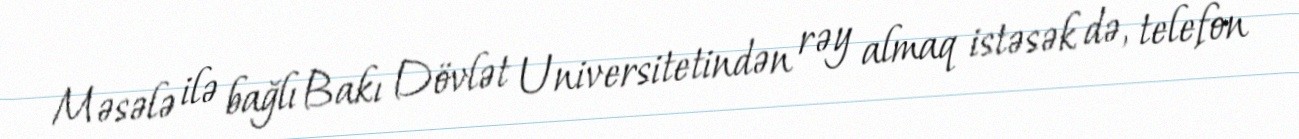
Məsələ ilə bağlı Bakı Dövlət Universitetindən rəy almaq istəsək də, telefon